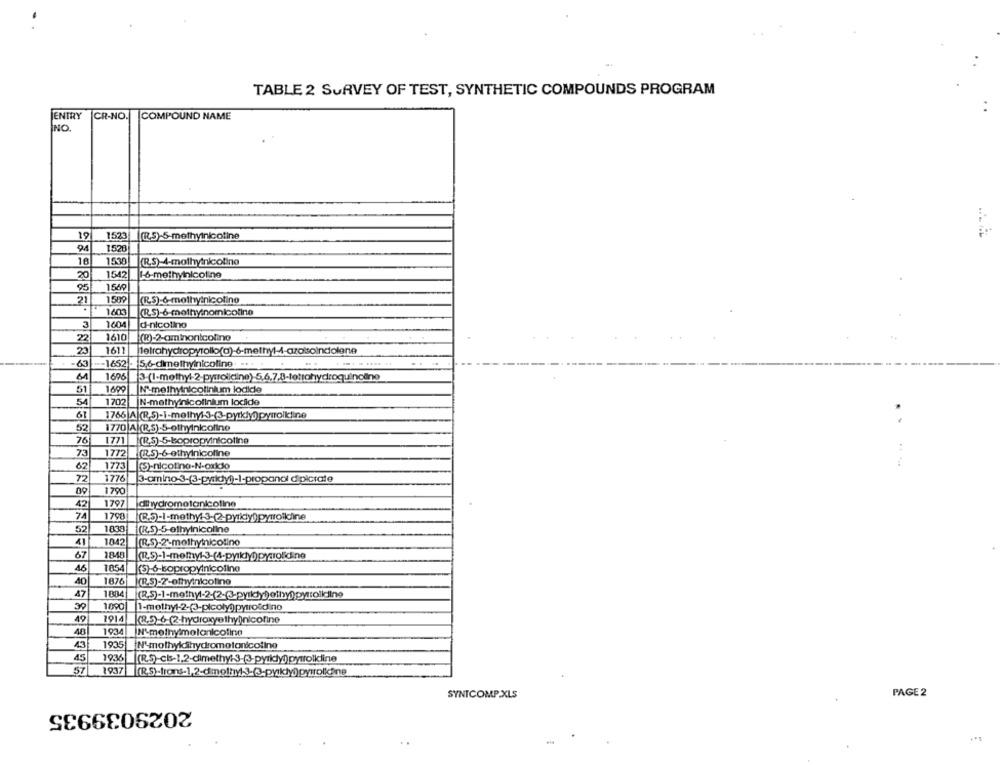
TABLE 2 SURVEY OF TEST, SYNTHETIC COMPOUNDS PROGRAM
ENTRY CR-NO.
COMPOUND NAME
NO.
19
1523
((,S)-5-methyinicotine
94
1528
16
1530
(R.S)-4-mothyinicotino
20
1542
16-methynicoline
95
1569
21
1509
(RS) 6-mothyinicotino
.
1603
(R.S)-6-methy:nomicoline
3
1604
|d-nicolino
22
1610
(R)-2-aminonicolino
23
1611
63
-- 1652 - 5,6-dimethyinicoline ....
...
61
1696
3-(1-methyl-2-pysrolidine)-5,6,7,8-tetrahydroquincino
51
1699
Nº-methyinicolinium lodide
54
1702
İN-methyinicolinium locide
61
52
1770 A (R.S)-5-ethylnicoline
76
1771
(R.5)-5-bopropyinicoline
73
1772
(.5-6-ethylnicoline
62
1773
(S)-nicotine-N-oxido
....
72
1776
3-omino-3-(3-pydkdy))-1-propanol dipicrate
1790
09
42
1797
1790
(R.5)-I-methy: 3-(2-pytidy))pyrrolkline
52
1038
(RS)-5-ethylnicoline
41
1042
(R.S)-2'-methyinicolino
67
1048
46
1854
K(S)-6-bopropylnicoline
40
1876
(R.S)-2-ofhyinicotine
47
1004
39
1090
49
1914
40
1934
N'methymolanicotine
43
1935
N'mothyidshydromotonicotine
43
1936
57
1937
SYNTCOMP.XLS
PAGE 2
2029039935